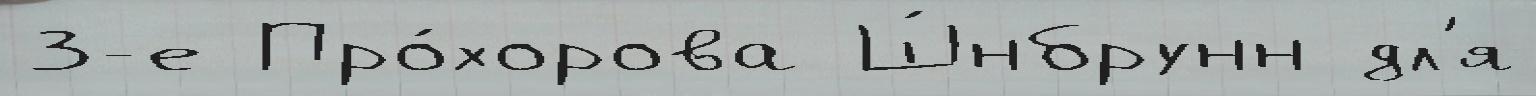
3-е Про́хорова Ш́нбрунн дл'я